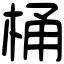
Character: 桶